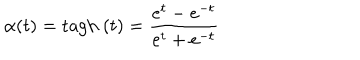
LaTeX: \alpha ( t ) = \mathrm { t a g h } \ ( t ) = \frac { e ^ { t } - e ^ { - t } } { e ^ { t } + e ^ { - t } }